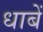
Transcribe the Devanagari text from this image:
धाबें